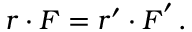
\boldsymbol r \boldsymbol \cdot \boldsymbol F = \boldsymbol r ^ { \prime } \boldsymbol \cdot \boldsymbol F ^ { \prime } \, .